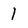
Character: 1